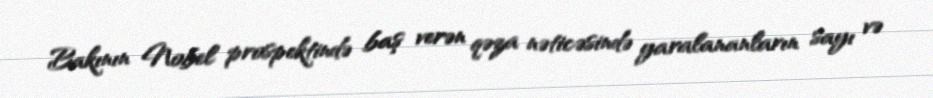
Bakının Nobel prospektində baş verən qəza nəticəsində yaralananların sayı və